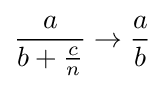
{\frac {a}{b+{\frac {c}{n}}}}\to {\frac {a}{b}}